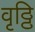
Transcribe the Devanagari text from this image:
वृठ्ठि